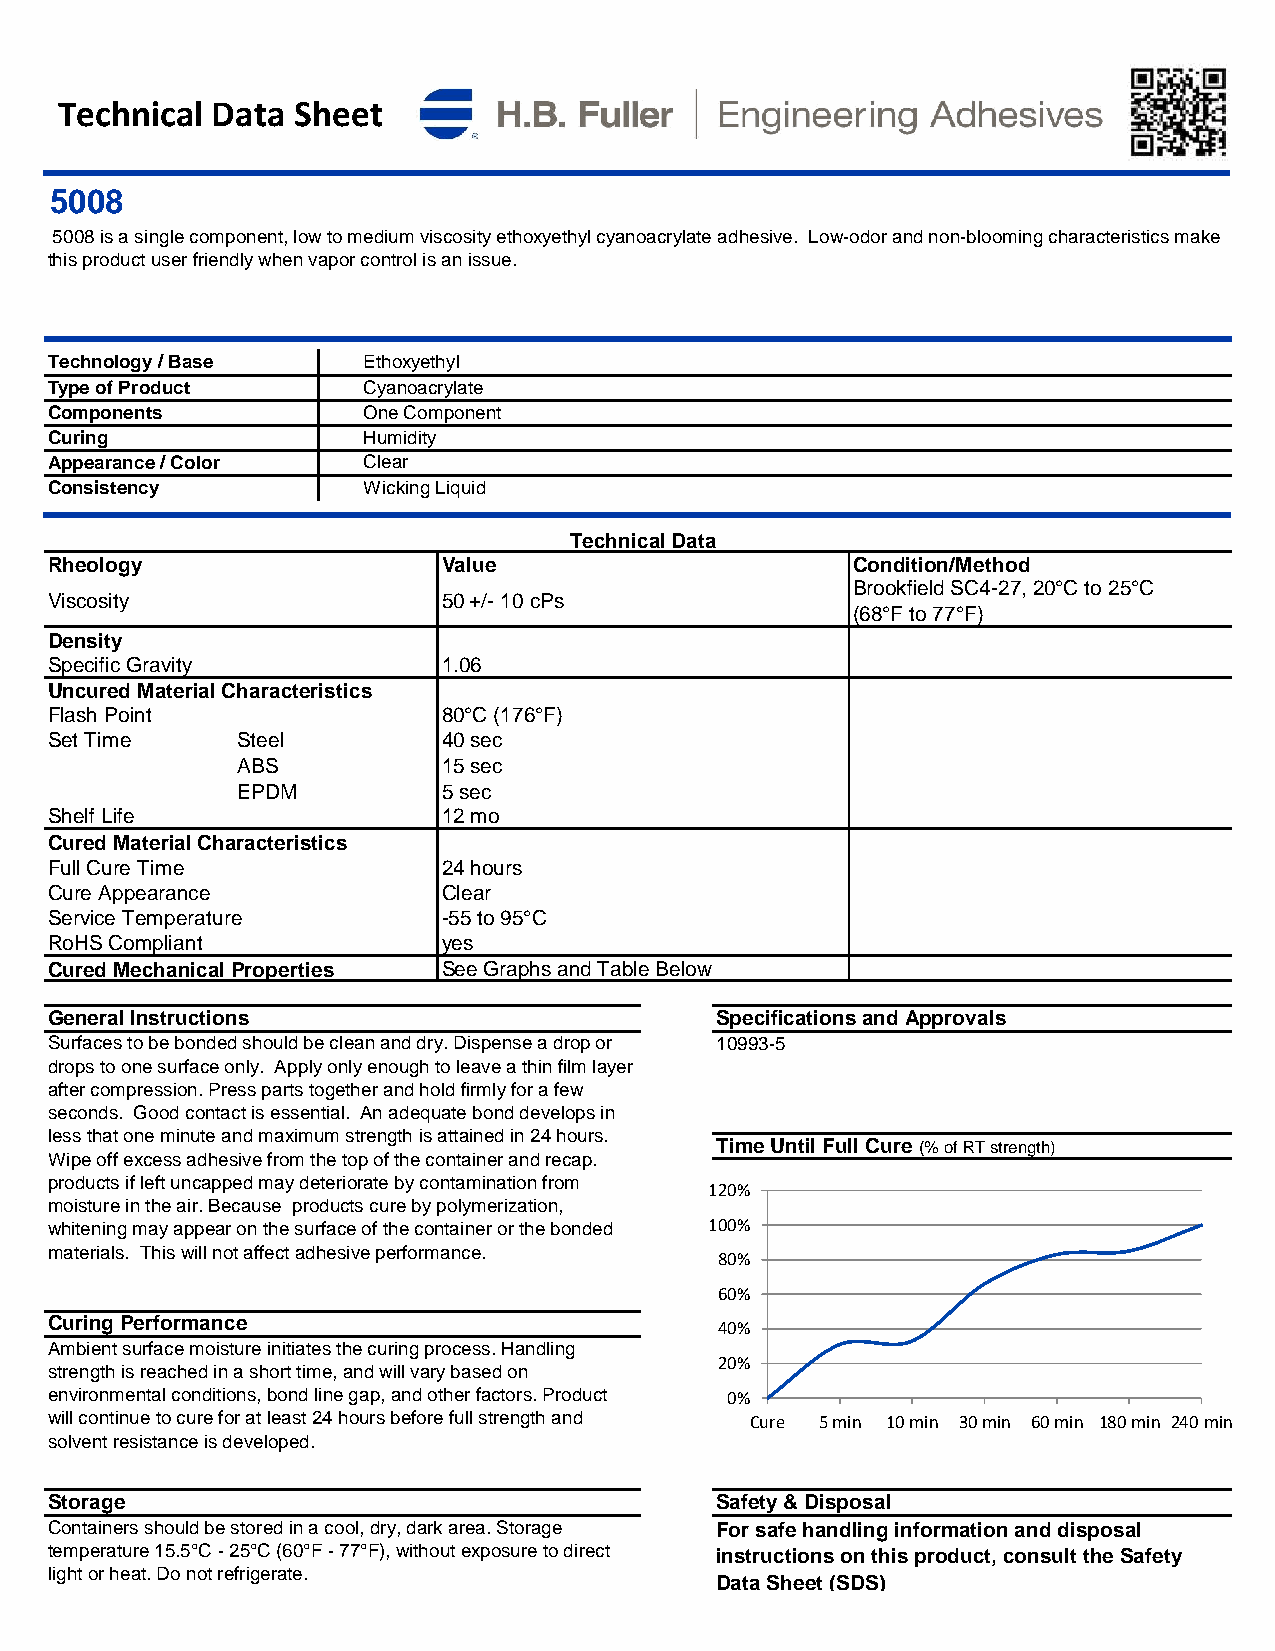
Technical Data Sheet
 5008
 5008 is a single component, low to medium viscosity ethoxyethyl cyanoacrylate adhesive. Low-odor and non-blooming characteristics make
 this product user friendly when vapor control is an issue.
 Technology / Base    Ethoxyethyl
 Type of Product      Cyanoacrylate
 Components           One Component
 Curing               Humidity
 Appearance / Color   Clear
 Consistency          Wicking Liquid
 Technical Data
 Rheology                  Value                      Condition/Method
 Brookfield SC4-27, 20°C to 25°C
 Viscosity                 50 +/- 10 cPs
 (68°F to 77°F)
 Density
 Specific Gravity          1.06
 Uncured Material Characteristics
 Flash Point               80°C (176°F)
 Set Time     Steel        40 sec
 ABS          15 sec
 EPDM         5 sec
 Shelf Life                12 mo
 Cured Material Characteristics
 Full Cure Time            24 hours
 Cure Appearance           Clear
 Service Temperature       -55 to 95°C
 RoHS Compliant            yes
 Cured Mechanical Properties See Graphs and Table Below
 General Instructions                        Specifications and Approvals
 Surfaces to be bonded should be clean and dry. Dispense a drop or 10993-5
 drops to one surface only. Apply only enough to leave a thin film layer
 after compression. Press parts together and hold firmly for a few
 seconds. Good contact is essential. An adequate bond develops in
 less that one minute and maximum strength is attained in 24 hours.
 Time Until Full Cure (% of RT strength)
 Wipe off excess adhesive from the top of the container and recap.
 products if left uncapped may deteriorate by contamination from
 120%
 moisture in the air. Because products cure by polymerization,
 whitening may appear on the surface of the container or the bonded 100%
 materials. This will not affect adhesive performance.
 80%
 60%
 Curing Performance
 40%
 Ambient surface moisture initiates the curing process. Handling
 20%
 strength is reached in a short time, and will vary based on
 environmental conditions, bond line gap, and other factors. Product 0%
 will continue to cure for at least 24 hours before full strength and Cure 5 min 10 min 30 min 60 min 180 min 240 min
 solvent resistance is developed.
 Storage                                     Safety & Disposal
 Containers should be stored in a cool, dry, dark area. Storage For safe handling information and disposal
 temperature 15.5°C - 25°C (60°F - 77°F), without exposure to direct instructions on this product, consult the Safety
 light or heat. Do not refrigerate.
 Data Sheet (SDS)